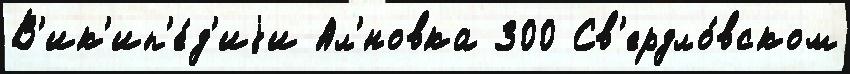
В'ик'ип'е́д'иjи Ал'́новка 300 Св'ердло́вском